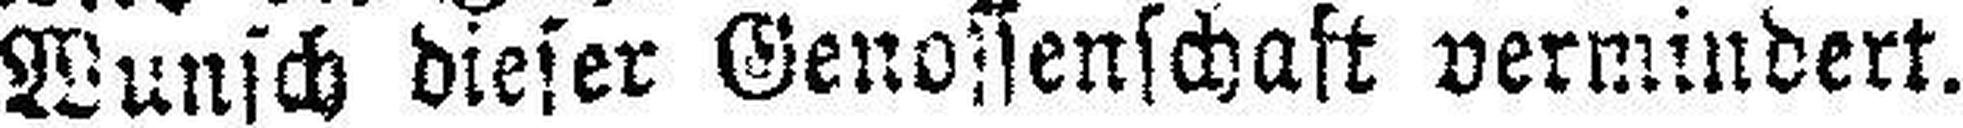
Wunsch dieser Genossenschaft vermindert.